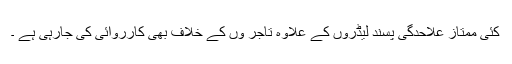
کئی ممتاز علاحدگی پسند لیڈروں کے علاوہ تاجر وں کے خلاف بھی کارروائی کی جارہی ہے ۔